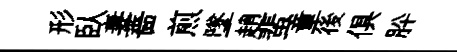
形臥妻薔煎墜趙蜚童後俱肸